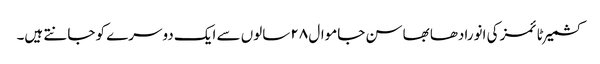
کشمیر ٹائمز کی انورادھا بھاسن جاموال ۲۸ سالوں سے ایک دوسرے کو جانتے ہیں۔